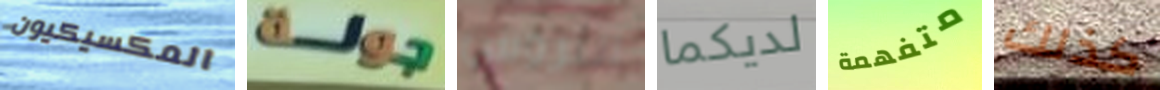
المكسيكيون جولة التروس لديكما متفهمة كذلك